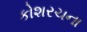
કોશરચના